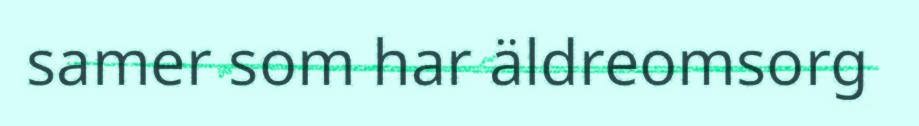
samer som har äldreomsorg